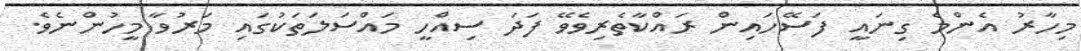
މިހާރު އެންމެ ގިނައީ ފަސޭހައިން ރައްކާތެރިވެވޭ ފަދަ ސިއްހީ މައްސަލަތަކުގައި މަރުވާ މީހުންނެވެ.